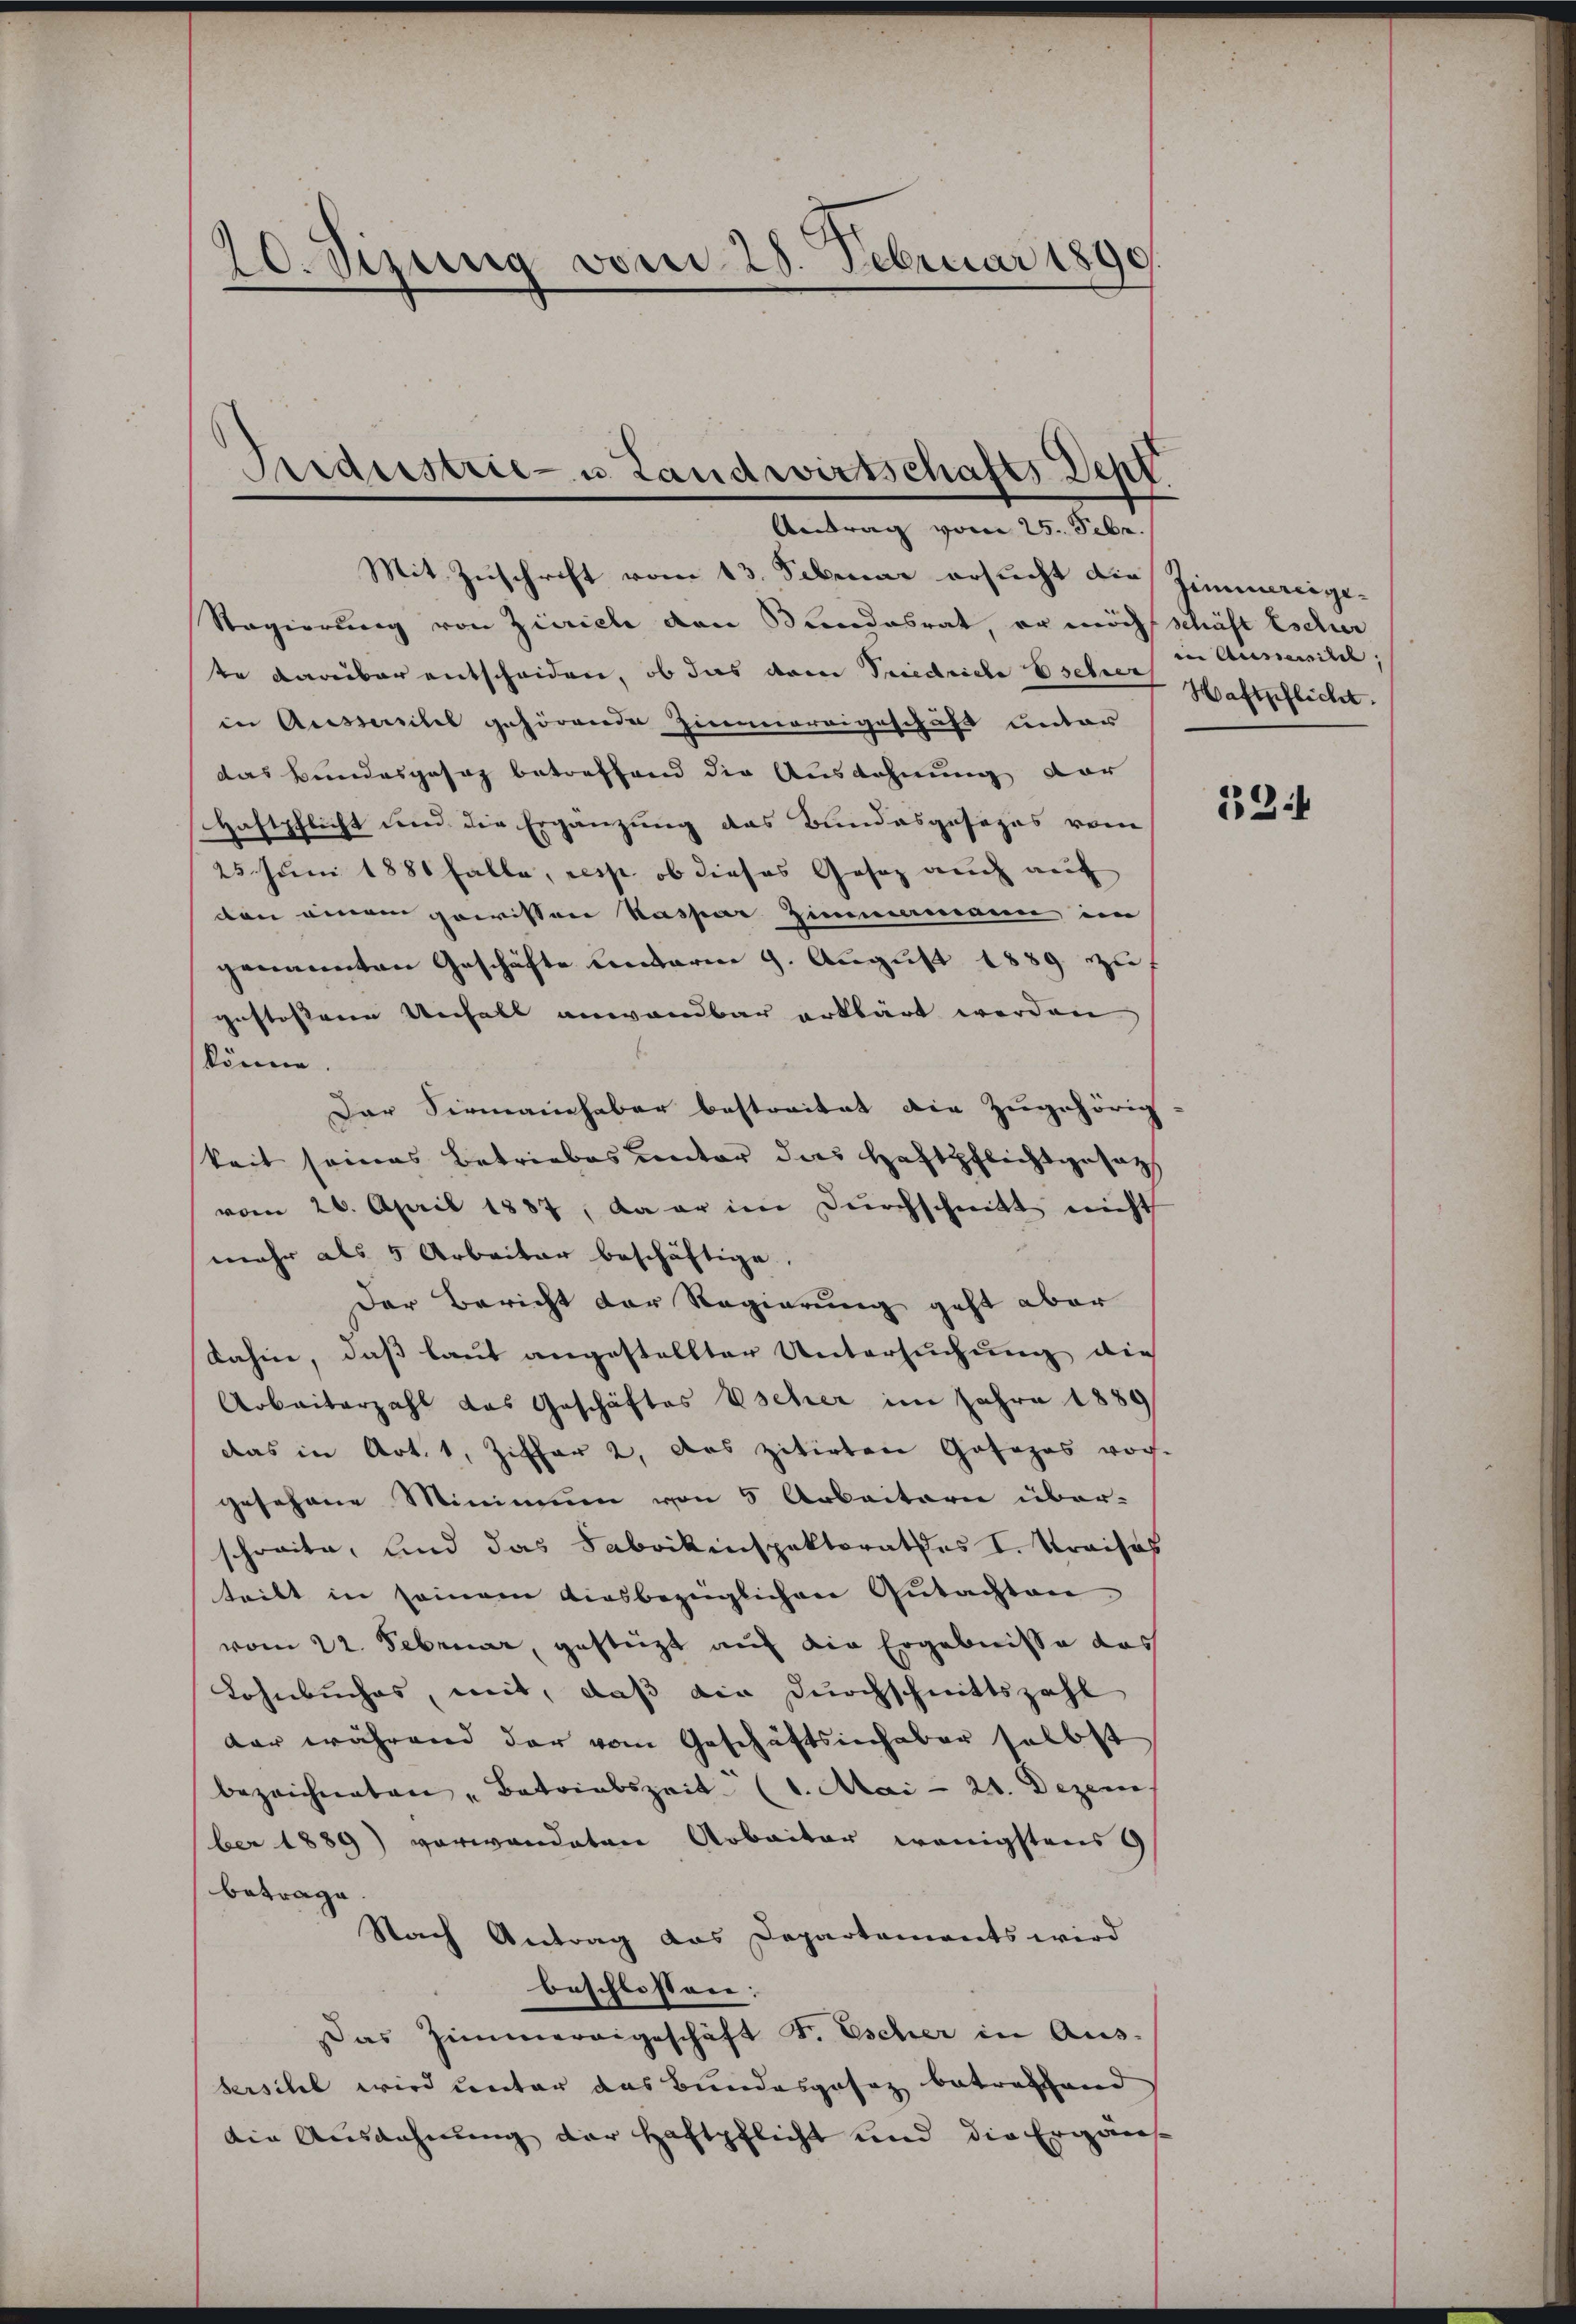
20. Sizung vom 28. Februar 1890.

Ferdiestrie- u. Landwirtschafts Dept
Antrag vom 25. Febr.

Mit Zuschrift vom 13. Februar ersucht die Zimmereige¬
Regierung von Zürich den Bundesrat, er möcht schäft Escher
te darüber entscheiden, ob das vom Friedriche sehre Haftpflicht.
in Aussereitel gehörende Zimmereigeschäft unter
das Bundesgesag betreffend die Ausdehnung der
Haftschlicht und die Ergänzung das Bundesgesezes vom
25 Juni 1881 Falle, resp. ob dieses Gesaz auch auf
den einem gewissen Kaspar Zimmermann im
genannten Geschäfte undarme 9. August 1889 zuf
gestossene Uechall anwendbar erklärt werden,
könne.
Der Sirmannhaber bestreitet die Zugehörig
keit seines Betriebes unter das Haftpflichtgesetzt
vom 26. April 1887, da er im Dŭrchschnitt nicht
mehr als 5 Arbeiter beschäftige.
Der Bericht der Regierung geht aber
dahin, daß laut angestellter Untersuchung die
Arbeiterzahl das Geschäftes Escher im Jahre 1889
das in Art. 1, Ziffer 2, das zitirten Gofopas vor-
gesehene Minimum von 5 Arbeitern über-
schreite, und das Fabrikinspektorates I. Kraisos
teilt in seinem diesbezüglichen Gutachten
vom 22. Februar, gesteigt auf die Ergebnisse das
Lohnbuches, mit, daß die Durchschnittszahl
dar während der vom Geschäftsinhaber selbst
bezeichneten „Batriabszeit. (l. Mai 21. Dezem
ber 1889) verwandeten Arbeiter wenigstens 9
betrage
Nach Antrag das Departaments wird
beschlossen:
Das Zimmerargeschäft F. Escher in Aus-
serschel wird unter das Bundesgefag betreffend
die Ausdehnung der Haftpflicht und die Ergän

in Aussaisitel,

33